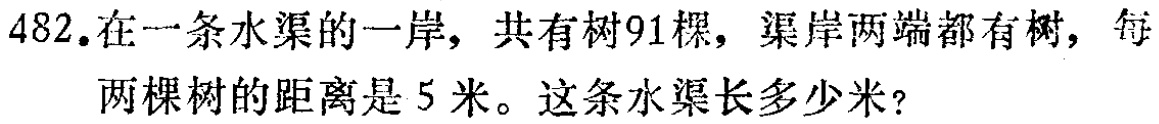
482.在一条水渠的一岸，共有树91棵，渠岸两端都有树，每两棵树的距离是5米。这条水渠长多少米？